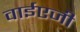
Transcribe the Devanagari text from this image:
वाईएजी